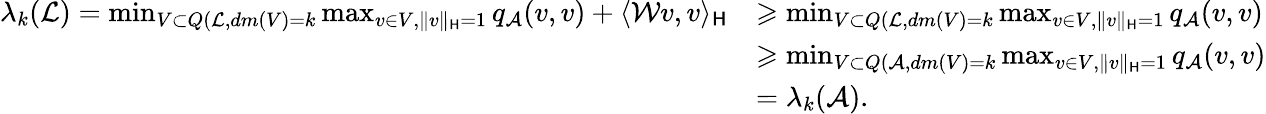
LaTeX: \begin{array}{rl}{\lambda_{k}(\mathcal{L})=\operatorname*{min}_{V\subset Q(\mathcal{L},dm(V)=k}\operatorname*{max}_{v\in V,\| v\| _{\mathsf{H}}=1}q_{\mathcal{A}}(v,v)+\langle\mathcal{W}v,v\rangle_{\mathsf{H}}}&{\geqslant\operatorname*{min}_{V\subset Q(\mathcal{L},dm(V)=k}\operatorname*{max}_{v\in V,\| v\| _{\mathsf{H}}=1}q_{\mathcal{A}}(v,v)}\\ &{\geqslant\operatorname*{min}_{V\subset Q(\mathcal{A},dm(V)=k}\operatorname*{max}_{v\in V,\| v\| _{\mathsf{H}}=1}q_{\mathcal{A}}(v,v)}\\ &{=\lambda_{k}(\mathcal{A}).}\end{array}